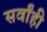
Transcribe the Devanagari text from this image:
सर्वांही